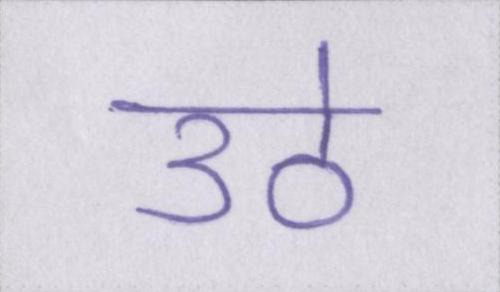
उठे